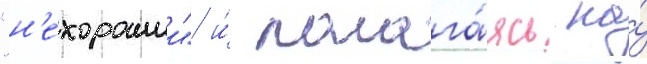
"н'ехорошии" и́ полага́ясь на́